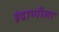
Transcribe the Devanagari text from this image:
इंद्राणीला